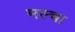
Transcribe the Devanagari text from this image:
मल्‍चा